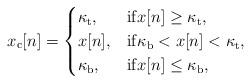
LaTeX: \begin{align*}x_{\rm c}[n]=\begin{cases}\kappa_{\rm t}, & \mathrm{if} x[n]\geq \kappa_{\rm t},\\x[n], & \mathrm{if} \kappa_{\rm b}<x[n]< \kappa_{\rm t},\\\kappa_{\rm b}, & \mathrm{if} x[n]\leq \kappa_{\rm b}, \end{cases}\end{align*}